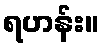
ရဟန်း။